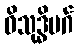
ဝိသုဒ္ဓိမဂ်